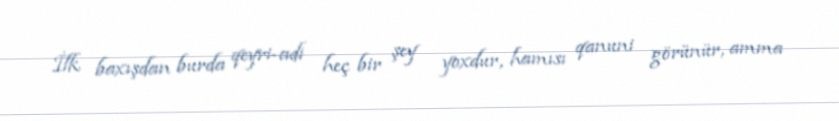
İlk baxışdan burda qeyri-adi heç bir şey yoxdur, hamısı qanuni görünür, amma